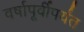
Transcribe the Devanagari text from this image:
वर्षापूर्वीपर्यंत